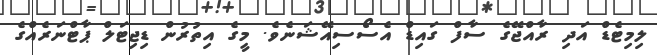
ލިމިޓެޑް އަދި ރާއްޖޭގެ ސާފް ގައިޑް އެސޯސިއޭޝަނެވެ. މީގެ އިތުރުން ޑިޖިޓަލް ޕާޓްނަރެއްގެ